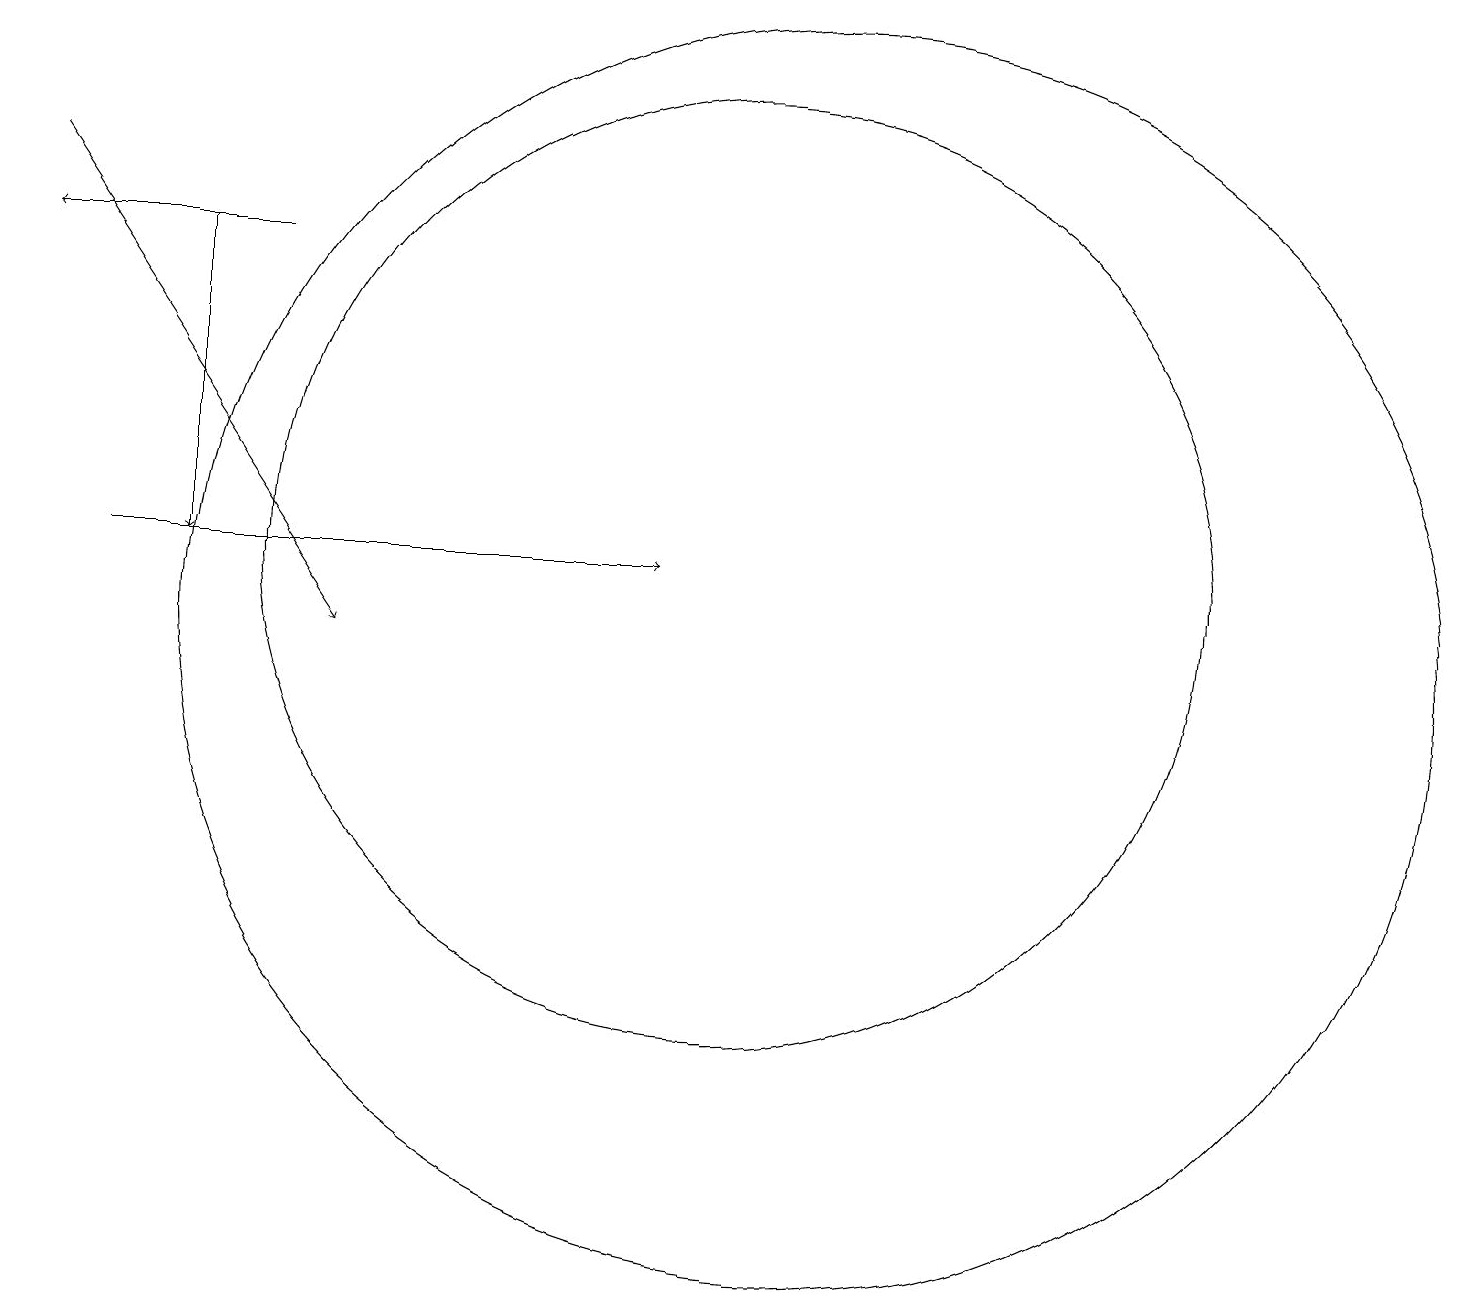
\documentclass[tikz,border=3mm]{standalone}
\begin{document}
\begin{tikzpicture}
\draw[->] (3,15) -- (3,11);
\draw (10,11) circle (6);
\draw[->] (4,15) -- (1,15);
\draw[->] (1,16) -- (5,10);
\draw[->] (2,11) -- (9,11);
\draw (11,10) circle (8);
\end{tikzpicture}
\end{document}